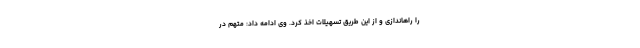
را راهاندازی و از این طریق تسهیلات اخذ کرد. وی ادامه داد: متهم در